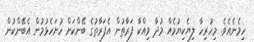
ހިމެނެއެވެ. މިހުރިހާ ލިޔެކިޔުމެއް މުދާ ވިއްކާ ފަރާތުން އެފަރާތުގެ ބޭންކަށް ހުށަހެޅުމުން އެބޭންކުން